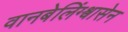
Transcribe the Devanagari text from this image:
वानबेलिंग्श्वासेन